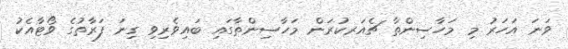
ވަނަ އަހަރު މި މަހާސިންތާ ޗެއަރކުރަން މަހާސިންތާގައި ބައިވެރިވި ގިނަ ފަރާތުގެ ވޯޓާއެކު